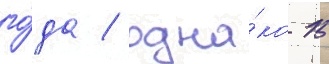
го́да / одна́ко 15